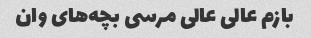
بازم عالی عالی مرسی بچه‌های وان